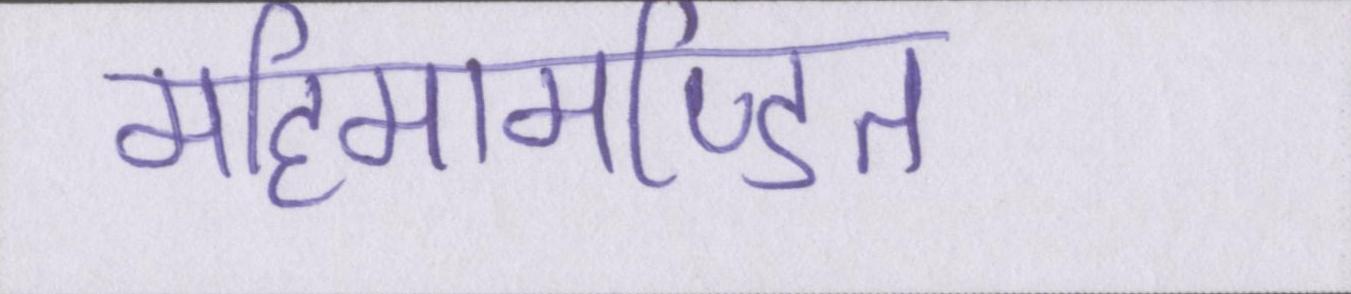
महिमामण्डित